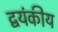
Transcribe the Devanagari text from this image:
द्वयंकीय